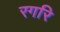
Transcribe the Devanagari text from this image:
रगरि